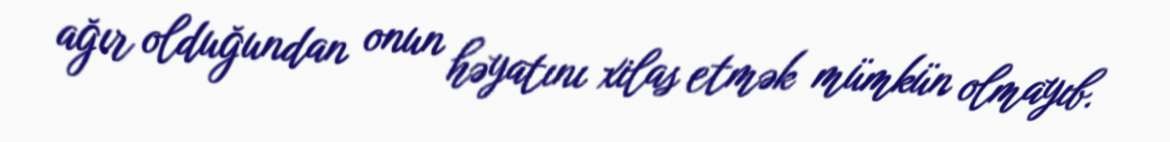
ağır olduğundan onun həyatını xilas etmək mümkün olmayıb.